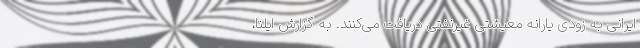
ایرانی به زودی یارانه معیشتی غیرنفتی دریافت می‌کنند. به گزارش ایلنا،